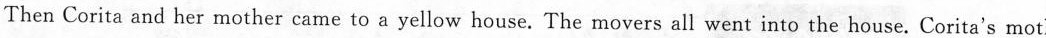
Then Corita and her mother came to a yellow house. The movers all went into the house. Corita's motl